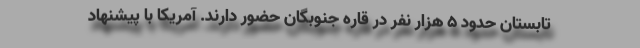
تابستان حدود 5 هزار نفر در قاره جنوبگان حضور دارند. آمریکا با پیشنهاد